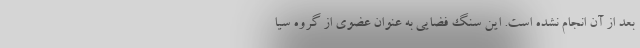
بعد از آن انجام نشده است. این سنگ فضایی به عنوان عضوی از گروه سیا